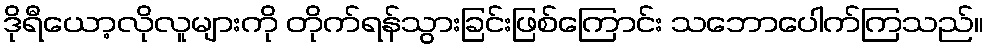
ဒိုရီယော့လိုလူများကို တိုက်ရန်သွားခြင်းဖြစ်ကြောင်း သဘောပေါက်ကြသည်။